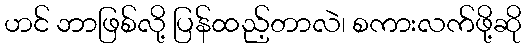
ဟင် ဘာဖြစ်လို့ ပြန်ထည့်တာလဲ၊ စကားလက်ဖို့ဆို